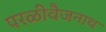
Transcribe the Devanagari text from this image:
परळीवैजनाथ